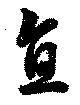
直